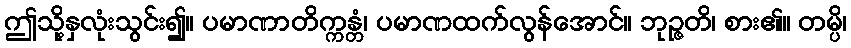
ဤသို့နှလုံးသွင်း၍။ ပမာဏာတိက္ကန္တံ၊ ပမာဏထက်လွန်အောင်။ ဘုဉ္ဇတိ၊ စား၏။ တမ္ပိ၊